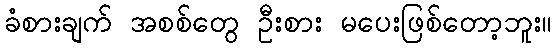
ခံစားချက် အစစ်တွေ ဦးစား မပေးဖြစ်တော့ဘူး။